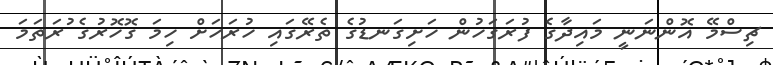
ޗިސްމޭ އޮންނަނީ މައިދާގެ ފުރަގަހުން ހަށިގަނޑުގެ ތެރޭގައި ހުރަހަށް ހިމަ ގޮހޮރުގެ ުރަތަމަ